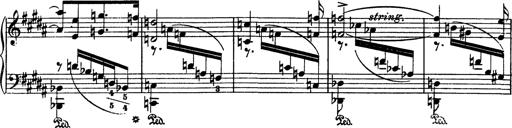
Title: AnnÃ©es de pÃ¨lerinage I
Composer: Franz Liszt